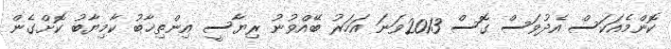
ކޮންމެއަކަސް އެދުވަސް ގޮސް 2013ވަނަ އަހަރު ބޭއްވުނު ރިޔާސީ އިންތިޚާބު ކާމިޔާބު ކޮށްގެން